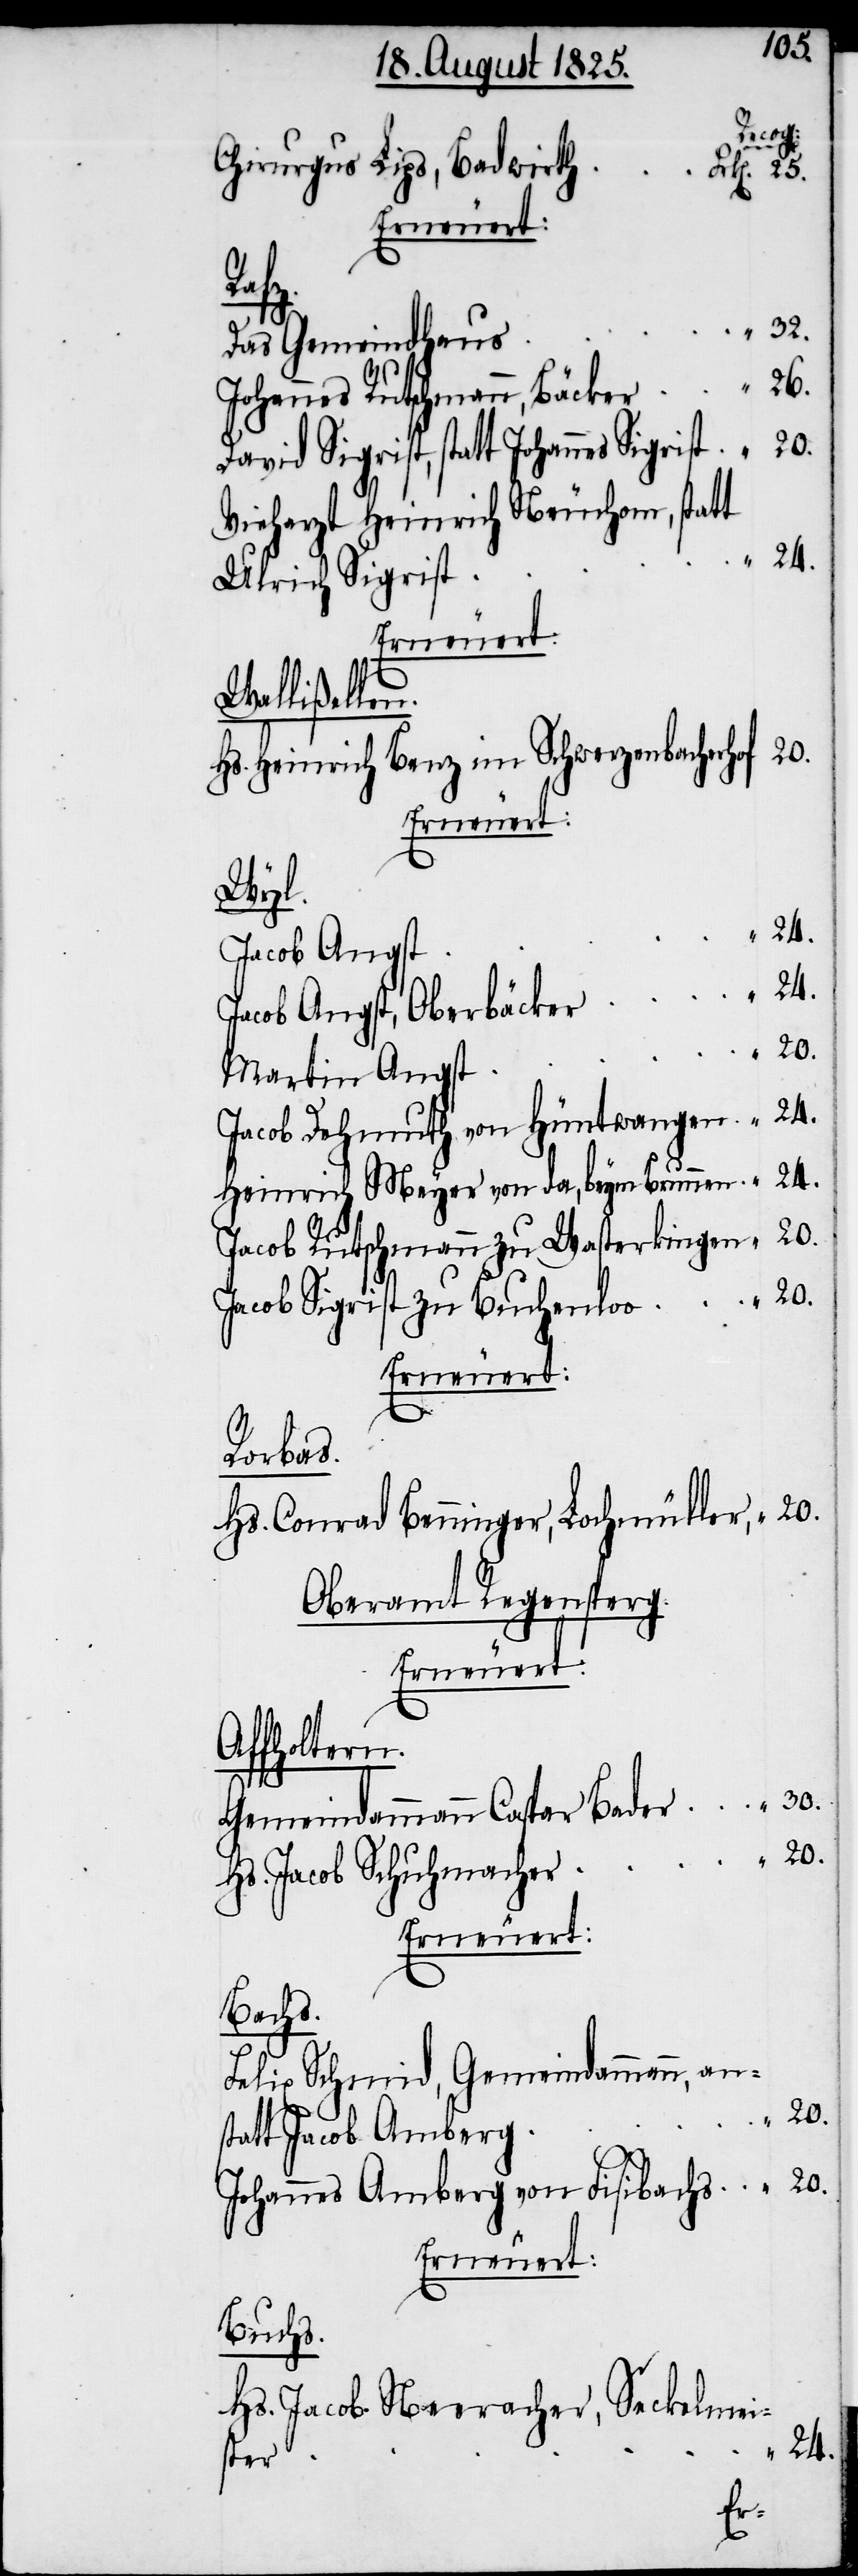
Jacob
Chirurgus Lips, Badwirt¬
k[en]. 25.
Erneuert:
ste¬
Das Gemeindhau¬
Johannes Rutschmann, Bäcker	“	26.
David Sigrist, statt Johannes Sigrist	“	20.
Vieharzt Heinrich Neuschon, statt
Ulrich Sigris¬
Wollishofen.
Hs. Heinrich Benz im Schwerzenbacherho¬
Erneuert:
Wyl.
Jacob Angst,
r	“	20.
Martin Angs¬
Jacob Dehmuth von Hüntwangen	“	24.
Heinrich Meyer von da, beym Brunnen	“	24.
Jacob Rutschmann zu Wasterkingen	“	20.
Jacob Sigrist zu Buchenloo	“	20.
Erneuert:
Rorbas.
Hs. Conrad Benninger, Lochmüller,
Oberamt Regensperg.
Erneuert:
Affholtern.
Gemeindammann Caspar Bader	“	30.
Hs. Jacob Schuhmache¬
Erneuert:
Bachs.
Felix Schmid, Gemeindammann,
Johannes Amberg von Fisibachs	“	20.
Erneuert:
Buchs.
Hs. Jacob Neeracher, Seckelmei¬
r	“	24.
h	Fr¬